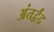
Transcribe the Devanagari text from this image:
अंतर्द्वंद्र